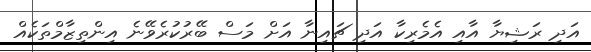
އަދި ރަޝިޔާ އާއި އެމެރިކާ އަދި ޗައިނާ އަށް މަސް ބޭރުކުރެވޭނެ އިންތިޒާމްތަކެއް